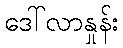
ဒေါ်လာနှုန်း